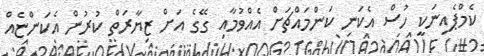
ކެމްޕެއިނަކީ ހުސް އެކަނި ކަންމައްޗަށް އެއްވުމާއި ގޭގެ އަށް ޒިޔާރަތް ކުރުން އެކަންޏެއް